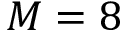
M = 8